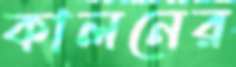
কালনের